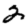
Digit: 2